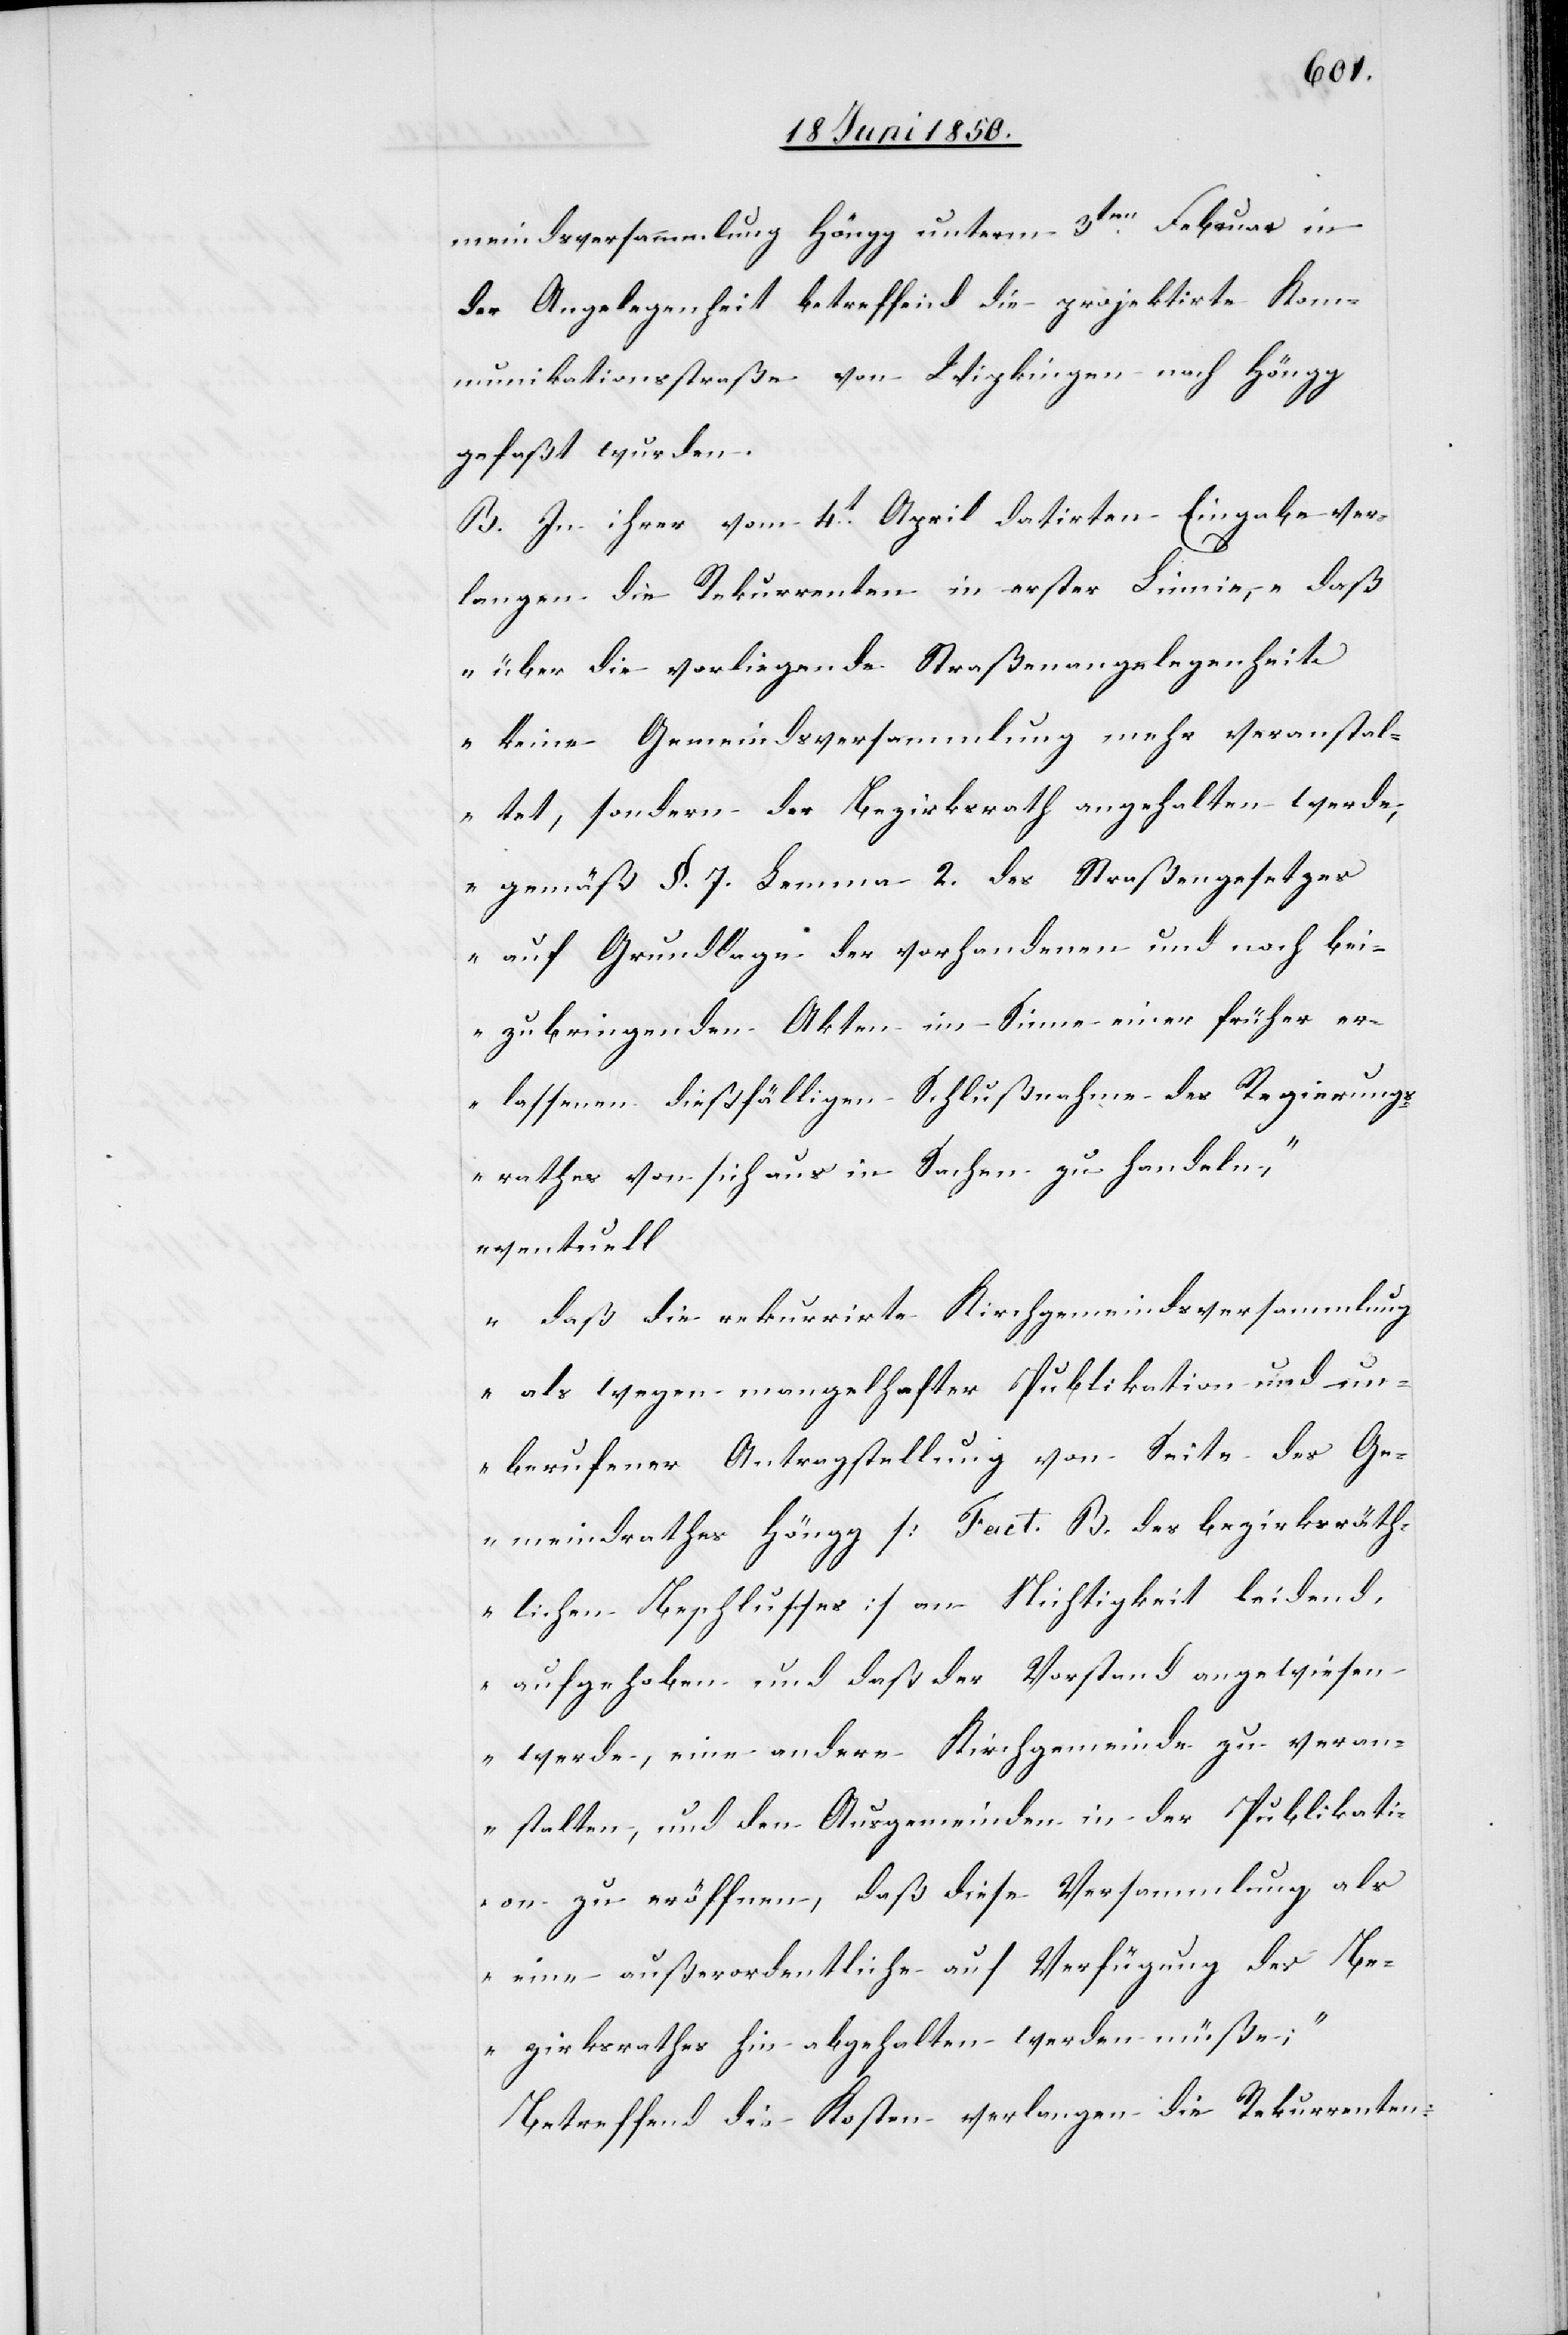
meindsversammlung Höngg unterm 3ten Februar in
der Angelegenheit betreffend die projektirte Kom¬
munikationsstraße von Wipkingen nach Höngg
gefaßt wurden.
B. In ihrer vom 4t April datirten Eingabe ver¬
langen die Rekurrenten in erster Linie, „daß
über die vorliegende Straßenangelegenheit
keine Gemeindsversammlung mehr veranstal¬
tet, sondern der Bezirksrath angehalten werde,
gemäß §. 7. Lemma 2. des Straßengesetzes
auf Grundlage der vorhandenen und noch bei¬
zubringenden Akten im Sinne einer früher er¬
lassenen dießfälligen Schlußnahme des Regierungs¬
rathes von sich aus in Sachen zu handeln“,
eventuell
„daß die rekurrirte Kirchgemeindsversammlung
als wegen mangelhafter Publikation und un¬
berufener Antragstellung von Seite des Ge¬
meindrathes Höngg [Fact. B. des bezirksräth¬
lichen Beschlusses] an Nichtigkeit leidend,
aufgehoben und daß der Vorstand angewiesen
werde, eine andere Kirchgemeinde zu veran¬
stalten, und den Ausgemeinden in der Publikati¬
on zu eröffnen, daß diese Versammlung als
eine außerordentliche auf Verfügung des Be¬
zirksrathes hin abgehalten werden müße;“
Betreffend die Kosten verlangen die Rekurrenten